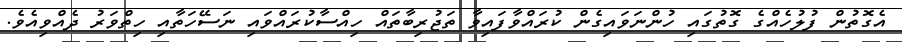
އެގޮތުން ފުލުހެއްްގެ ގޮތުގައި ހުންނަވައިގެން ކުރައްވާފައިވާ ތަޖުރިބާތައް ހިއްސާކުރައްވައި ނަސޭހަތާއި ހިތްވަރު ދެއްވިއެވެ.